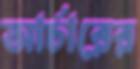
আর্চারের